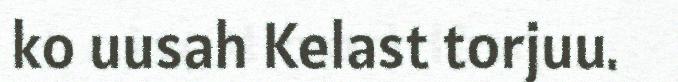
ko uusah Kelast torjuu.